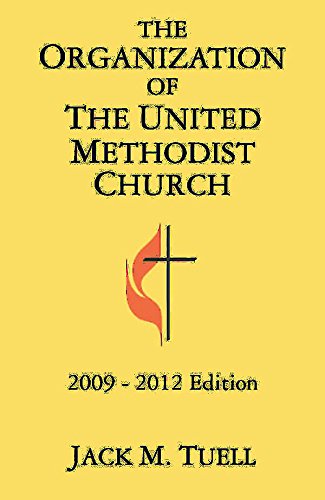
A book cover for The Organization of the United Methodist Church: 2009-2012 Edition; Jack M. Tuell; Christian Books & Bibles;